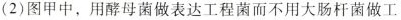
(2)图甲中，用酵母菌做表达工程菌而不用大肠杆菌做工